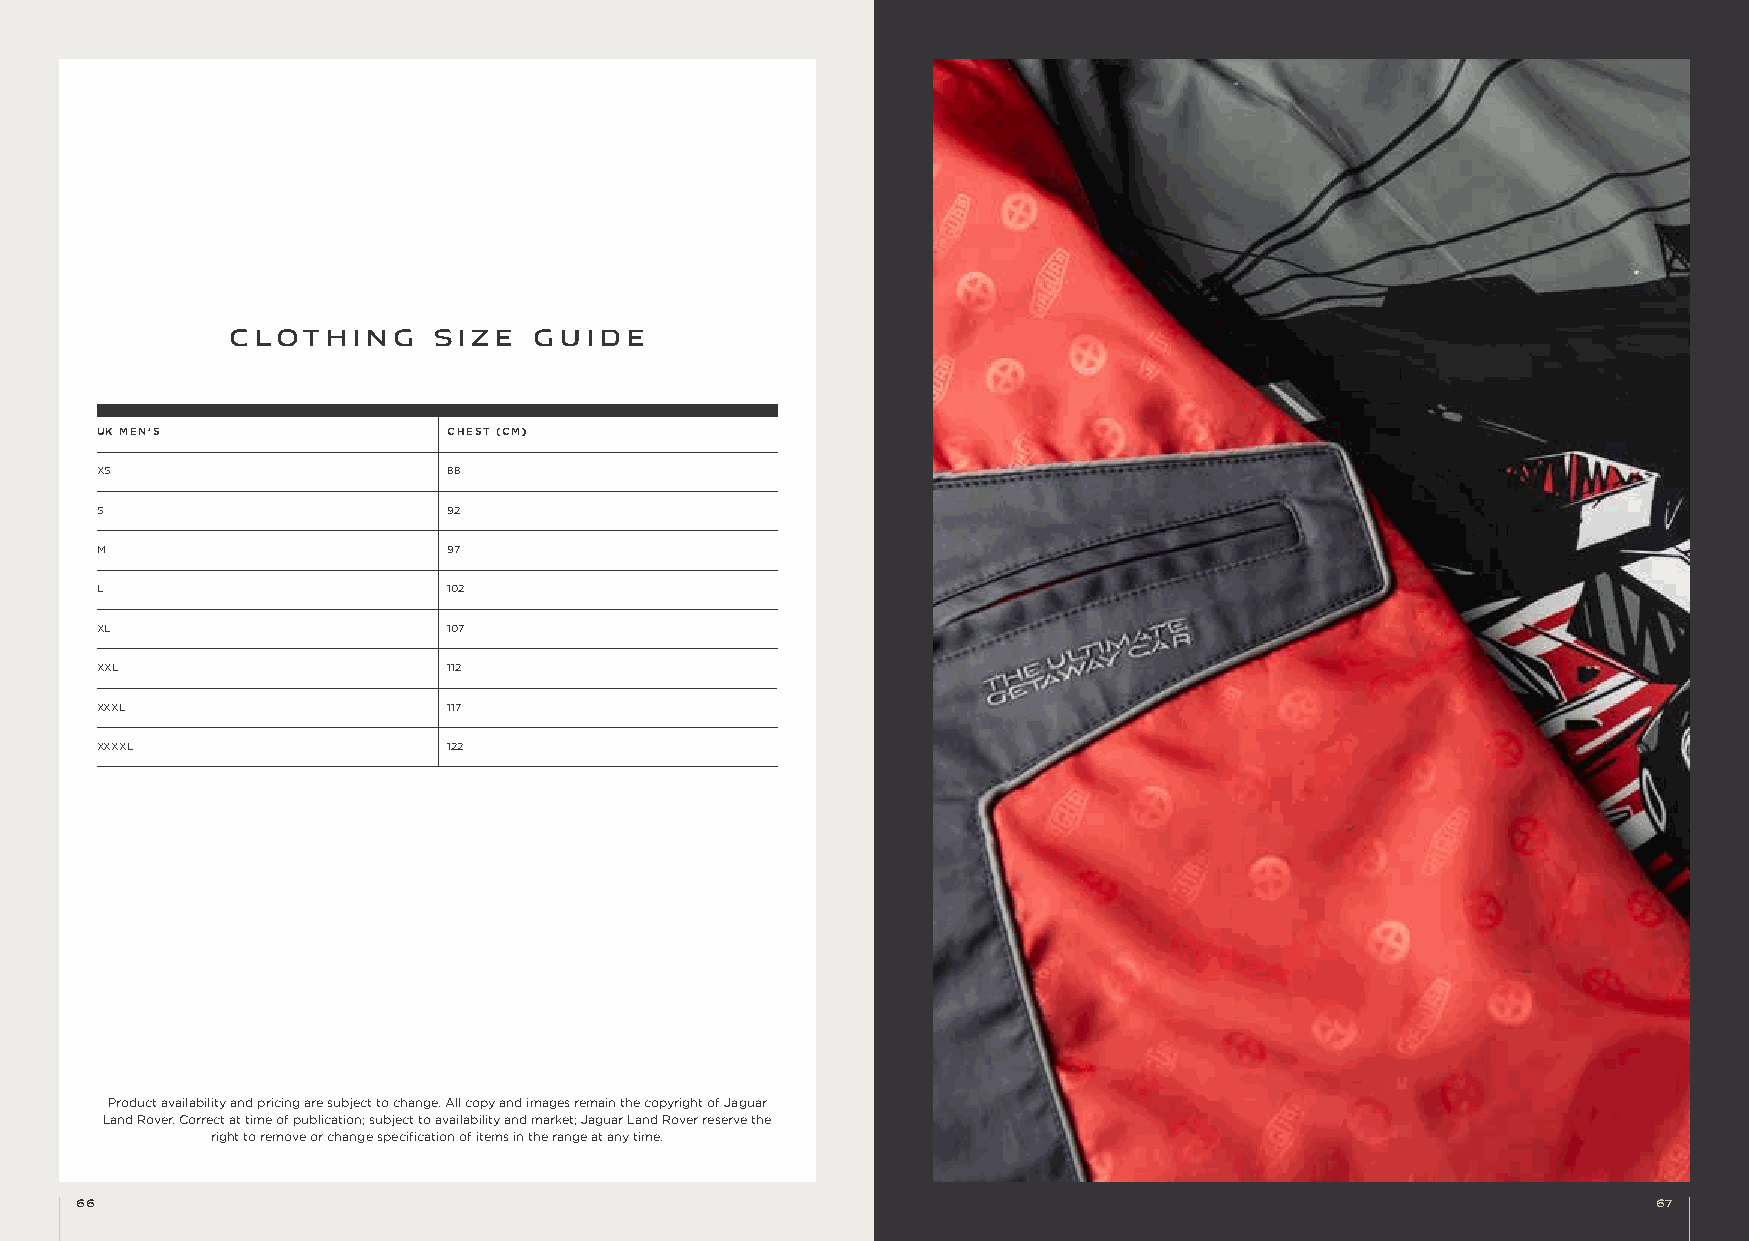
THE HERITAGE COLLECTION
 CLOTHING      SIZE  GUIDE
 UK MEN’S                CHEST (CM)
 XS                      88
 S                       92
 M                       97
 L                       102
 XL                      107
 XXL                     112
 XXXL                    117
 XXXXL                   122
 Product availability and pricing are subject to change. All copy and images remain the copyright of Jaguar
 Land Rover. Correct at time of publication; subject to availability and market; Jaguar Land Rover reserve the
 right to remove or change specification of items in the range at any time.
 66                                                                                                       67